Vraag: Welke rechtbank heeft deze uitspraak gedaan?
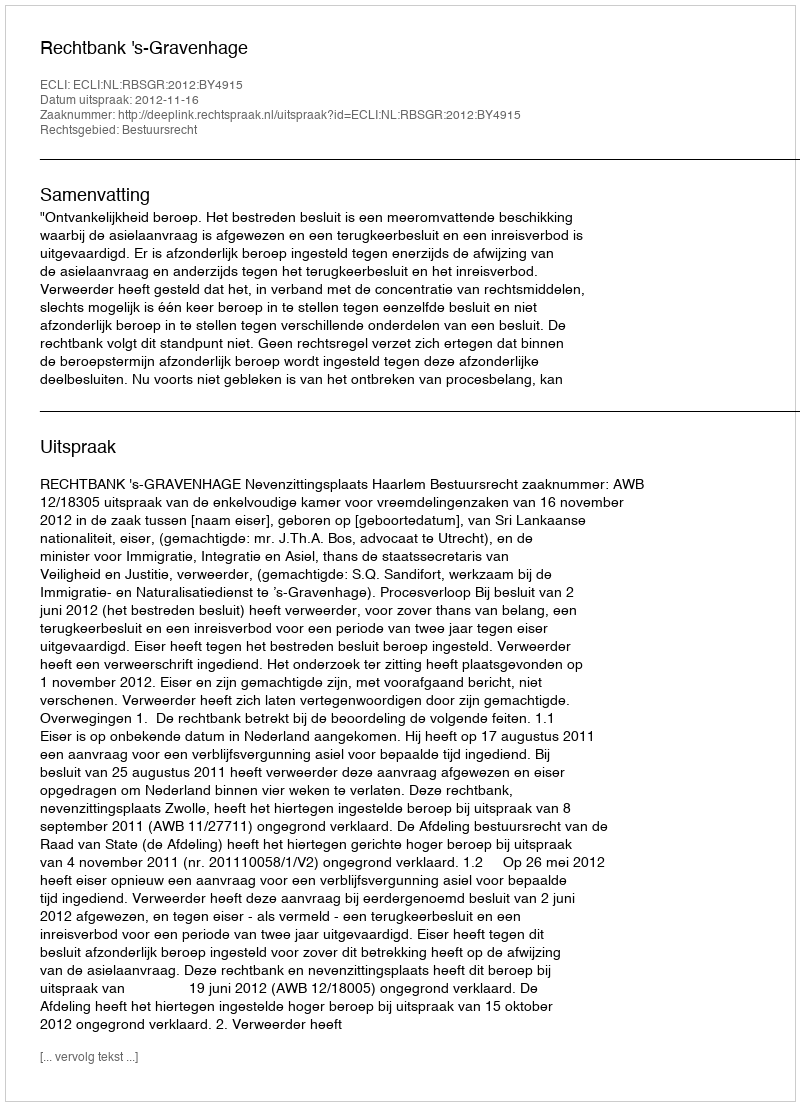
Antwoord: Rechtbank 's-Gravenhage